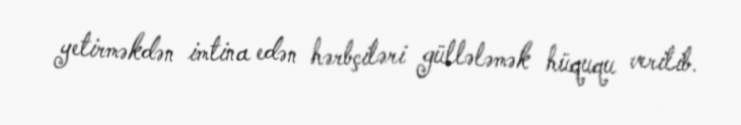
yetirməkdən imtina edən hərbçiləri güllələmək hüququ verilib.